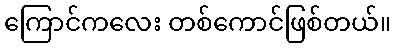
ကြောင်ကလေး တစ်ကောင်ဖြစ်တယ်။